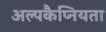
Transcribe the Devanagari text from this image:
अल्पकैप्नियता